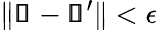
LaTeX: \| \pmb{\mathscr{s}}-\pmb{\mathscr{s}}^{\prime}\| <\epsilon